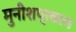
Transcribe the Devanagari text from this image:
मुनीशप्रकाश